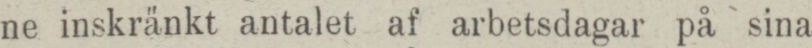
ne inskränkt antalet af arbetsdagar på sina